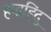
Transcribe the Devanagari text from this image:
हप्तहिंदु